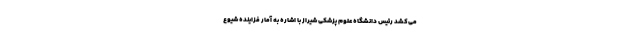
می‌کشد رئیس دانشگاه علوم پزشکی شیراز با اشاره به آمار فزاینده شیوع